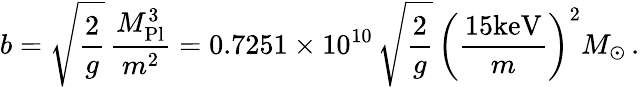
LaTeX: b=\sqrt{\frac{2}{g}}\, \frac{M_{\mathrm{{Pl}}}^{3}}{m^{2}}=0.7251\times 10^{10}\, \sqrt{\frac{2}{g}}\, \left(\frac{15\mathrm{keV}}{m}\right)^{2}M_{\odot}\, .